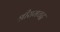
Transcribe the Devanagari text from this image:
श्रीरामचद्र